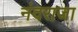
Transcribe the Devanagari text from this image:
नंदराजा